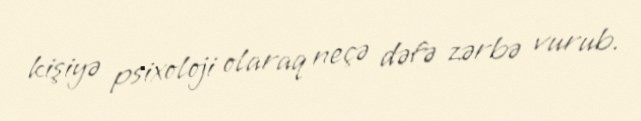
kişiyə psixoloji olaraq neçə dəfə zərbə vurub.